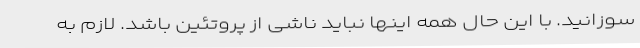
سوزانید. با این حال همه اینها نباید ناشی از پروتئین باشد. لازم به